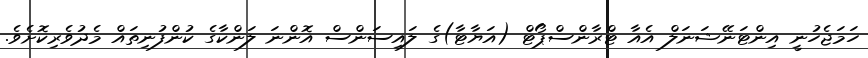
ހަމަޖެހުނީ އިންޓަނޭޝަނަލް އެއާ ޓްރާންސްޕޯޓް (އަޔާޓާ)ގެ ލައިސަންސް އޮންނަ ލަންކާގެ ކުންފުނިތައް މެދުވެރިކޮށެވެ.